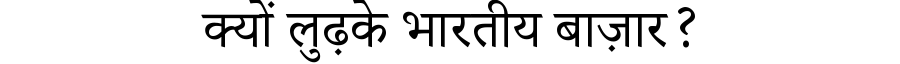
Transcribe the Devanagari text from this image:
क्यों लुढ़के भारतीय बाज़ार?